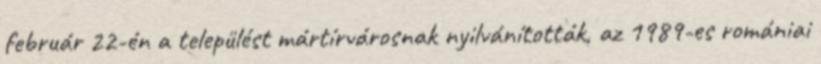
február 22-én a települést mártírvárosnak nyilvánították, az 1989-es romániai